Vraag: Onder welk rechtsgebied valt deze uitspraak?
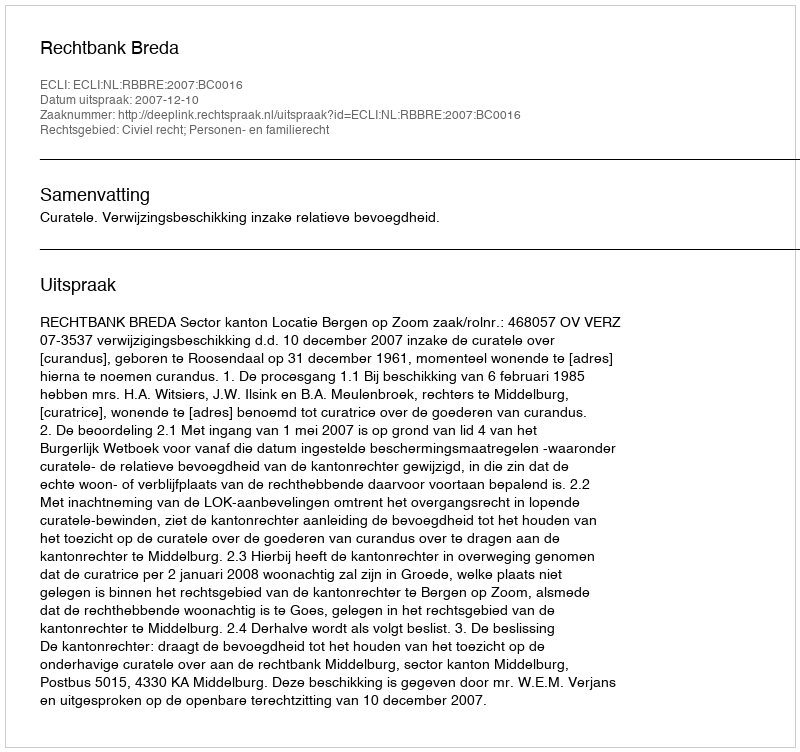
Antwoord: Civiel recht; Personen- en familierecht